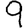
Digit: 9